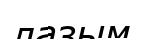
лазым